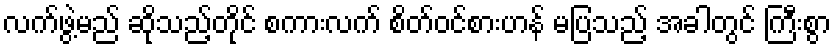
လက်ဖွဲ့မည် ဆိုသည့်တိုင် စကားလက် စိတ်ဝင်စားဟန် မပြသည့် အခါတွင် ကြီးစွာ